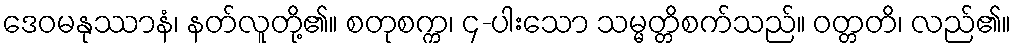
ဒေဝမနုဿာနံ၊ နတ်လူတို့၏။ စတုစက္က၊ ၄-ပါးသော သမ္မတ္တိစက်သည်။ ဝတ္တတိ၊ လည်၏။